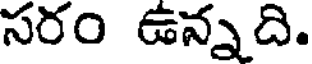
సరం ఉన్నది.